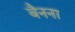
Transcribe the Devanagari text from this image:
बैनना